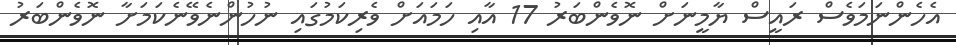
އެހެންނަމަވެސް ރައީސް ޔާމީނަށް ނޮވެންބަރު 17 އާއި ހަމައަށް ވެރިކަމުގައި ނުހުންނެވޭނެކަމަށާ ނޮވެންބަރު